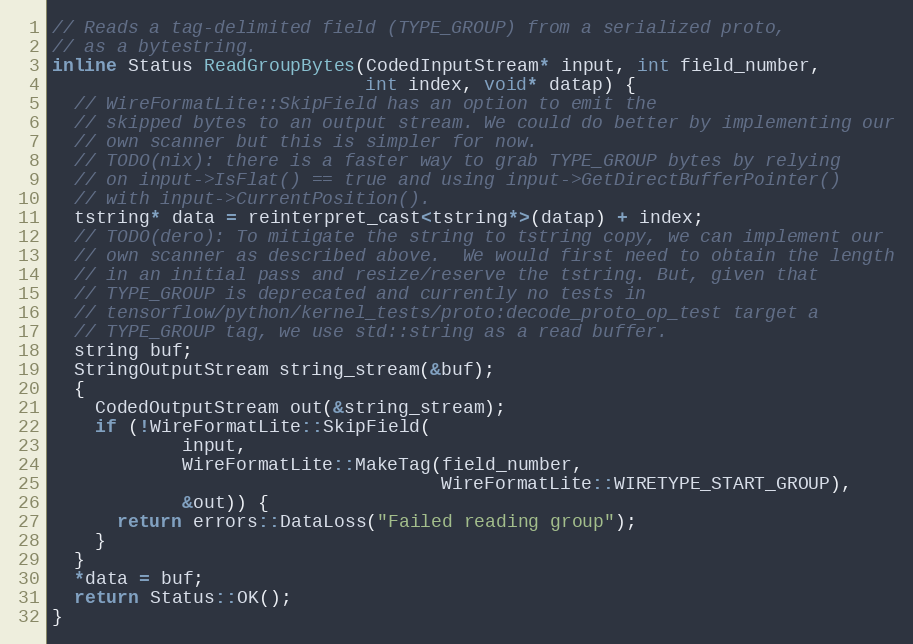
Language: C
// Reads a tag-delimited field (TYPE_GROUP) from a serialized proto,
// as a bytestring.
inline Status ReadGroupBytes(CodedInputStream* input, int field_number,
                             int index, void* datap) {
  // WireFormatLite::SkipField has an option to emit the
  // skipped bytes to an output stream. We could do better by implementing our
  // own scanner but this is simpler for now.
  // TODO(nix): there is a faster way to grab TYPE_GROUP bytes by relying
  // on input->IsFlat() == true and using input->GetDirectBufferPointer()
  // with input->CurrentPosition().
  tstring* data = reinterpret_cast<tstring*>(datap) + index;
  // TODO(dero): To mitigate the string to tstring copy, we can implement our
  // own scanner as described above.  We would first need to obtain the length
  // in an initial pass and resize/reserve the tstring. But, given that
  // TYPE_GROUP is deprecated and currently no tests in
  // tensorflow/python/kernel_tests/proto:decode_proto_op_test target a
  // TYPE_GROUP tag, we use std::string as a read buffer.
  string buf;
  StringOutputStream string_stream(&buf);
  {
    CodedOutputStream out(&string_stream);
    if (!WireFormatLite::SkipField(
            input,
            WireFormatLite::MakeTag(field_number,
                                    WireFormatLite::WIRETYPE_START_GROUP),
            &out)) {
      return errors::DataLoss("Failed reading group");
    }
  }
  *data = buf;
  return Status::OK();
}